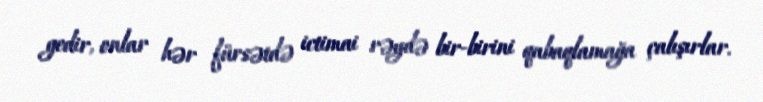
gedir, onlar hər fürsətdə ictimai rəydə bir-birini qabaqlamağa çalışırlar.